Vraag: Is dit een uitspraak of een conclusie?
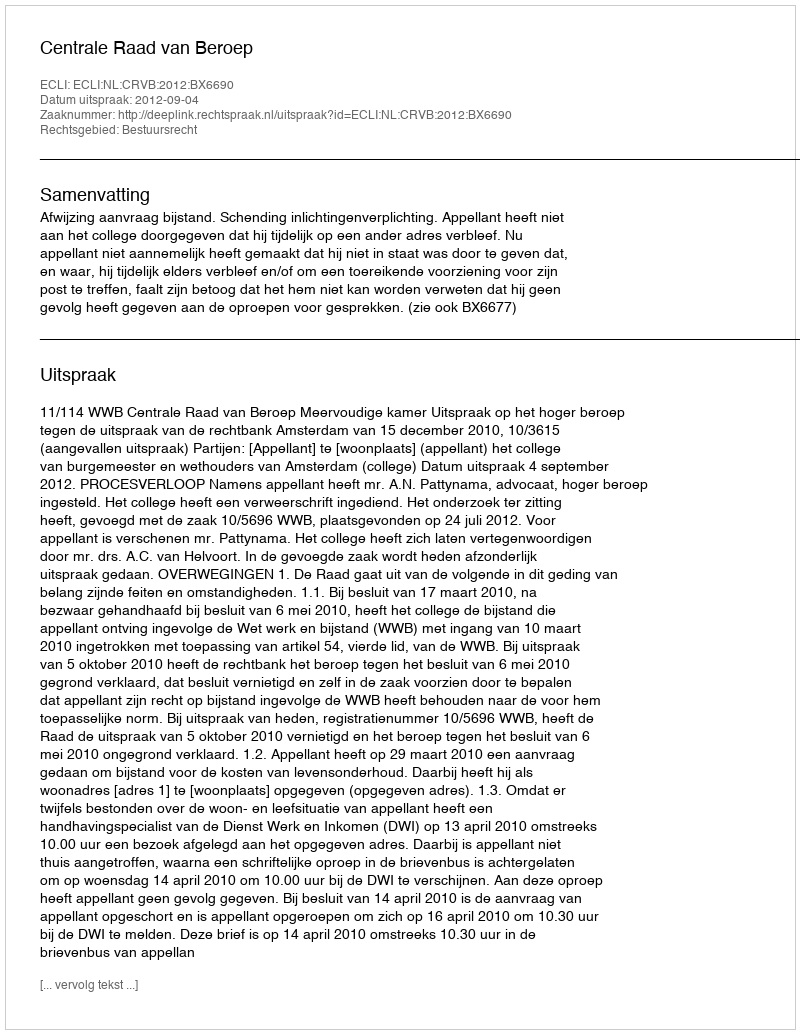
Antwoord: Uitspraak